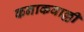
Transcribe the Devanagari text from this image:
कनाकवाल्ली